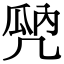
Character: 𠙙